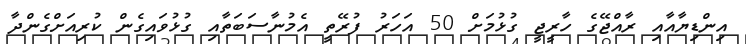
އިންޑިޔާއާއި ރާއްޖޭގެ ހާރީޖީ ގުޅުމަށް 50 އަހަރު ފުރޭތީ އެމުނާސަބަތާއި ގުޅުވައިގެން ކުރިއަށްގެންދާ